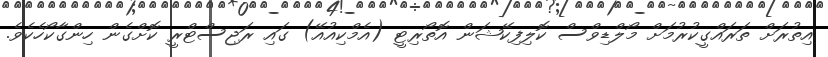
އިތުރަށް ތަރައްގީކުރުމަށް މޯލްޑިވްސް ކޮލިފިކޭޝަން އޮތޯރިޓީ (އެމްކިއުއޭ) ގައި ރަޖިސްޓްރީ ކޮށްގެން ހިންގާކޯހެކެވެ.